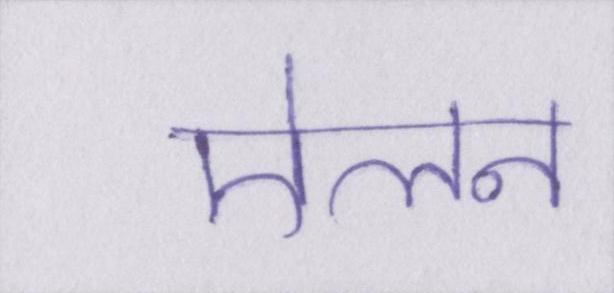
ऐलन